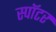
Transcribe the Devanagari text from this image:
स्पॉटर